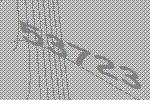
53723